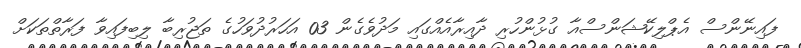
ފައިނޭންސް އެޕްލިކޭޝަންސްއާ ގުޅުންހުރި ދާއިރާއެއްގައި މަދުވެގެން 03 އަހަރުދުވަހުގެ ތަޖުރިބާ ލިބިފައިވާ ފަރާތްތަކަށް